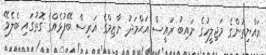
ރައްޔިތުންގެ މަޖިލީހުގެ ނައިބު ރައީސް އަޙްމަދު ނާޒިމްގެ އަރިސް ބޭފުޅެއްގެ ގޮތުގައި ބެލެވޭ